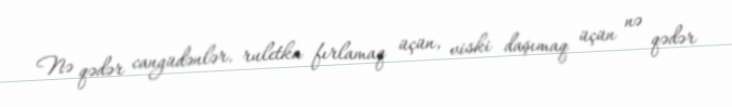
Nə qədər cangüdənlər, ruletka fırlamaq üçün, viski daşımaq üçün nə qədər